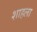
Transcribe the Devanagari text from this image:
शाहला